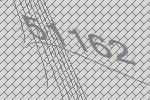
51162